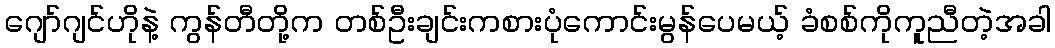
ဂျော်ဂျင်ဟိုနဲ့ ကွန်တီတို့က တစ်ဦးချင်းကစားပုံကောင်းမွန်ပေမယ့် ခံစစ်ကိုကူညီတဲ့အခါ